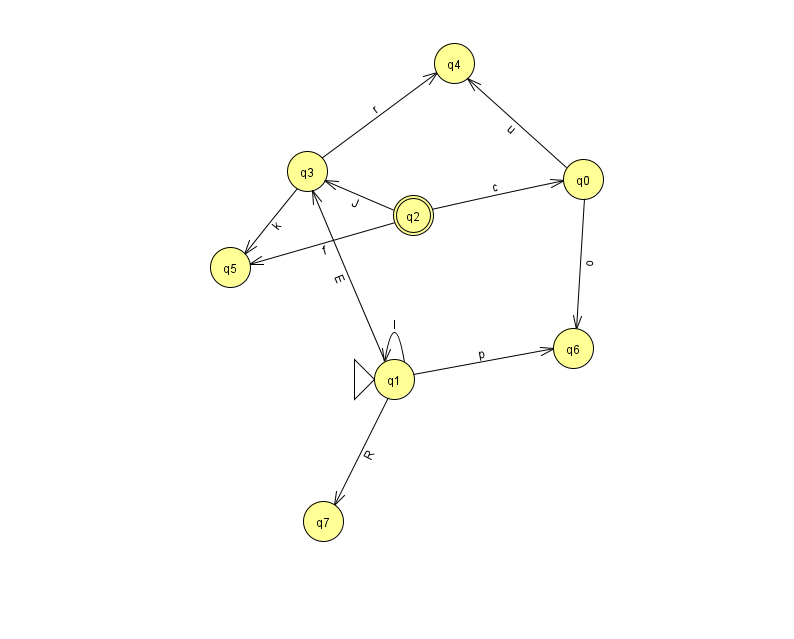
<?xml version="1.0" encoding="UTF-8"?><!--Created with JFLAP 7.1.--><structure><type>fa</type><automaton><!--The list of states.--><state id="0" name="q0"><x>583.0</x><y>166.0</y></state><state id="1" name="q1"><x>394.0</x><y>366.0</y><initial/></state><state id="2" name="q2"><x>413.0</x><y>202.0</y><final/></state><state id="3" name="q3"><x>307.0</x><y>158.0</y></state><state id="4" name="q4"><x>454.0</x><y>50.0</y></state><state id="5" name="q5"><x>230.0</x><y>254.0</y></state><state id="6" name="q6"><x>573.0</x><y>335.0</y></state><state id="7" name="q7"><x>323.0</x><y>508.0</y></state><!--The list of transitions.--><transition><from>1</from><to>7</to><read>R</read></transition><transition><from>0</from><to>6</to><read>o</read></transition><transition><from>2</from><to>0</to><read>c</read></transition><transition><from>3</from><to>4</to><read>r</read></transition><transition><from>0</from><to>4</to><read>u</read></transition><transition><from>1</from><to>3</to><read>E</read></transition><transition><from>3</from><to>5</to><read>k</read></transition><transition><from>1</from><to>6</to><read>p</read></transition><transition><from>1</from><to>1</to><read>l</read></transition><transition><from>2</from><to>3</to><read>J</read></transition><transition><from>2</from><to>5</to><read>f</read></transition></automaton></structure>